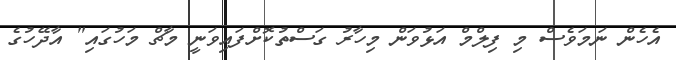
އެހެން ނަމަވެސް މި ފިލްމް އަޅުވަން މިހާރު ގަސްތުކޮށްފައިވަނީ މާޗް މަހުގައި" އާދޭހުގެ